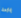
ياردة